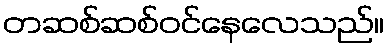
တဆစ်ဆစ်ဝင်နေလေသည်။